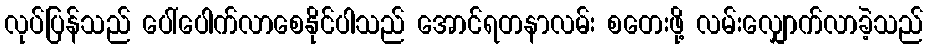
လုပ်ပြန်သည် ပေါ်ပေါက်လာစေနိုင်ပါသည် အောင်ရတနာလမ်း စတေးဖို့ လမ်းလျှောက်လာခဲ့သည်